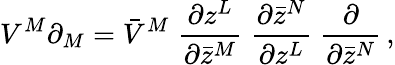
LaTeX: V^{M}\partial_{M}=\bar{V}^{M}\; \frac{\partial z^{L}}{\partial\bar{z}^{M}}\; \frac{\partial\bar{z}^{N}}{\partial z^{L}}\; \frac{\partial}{\partial\bar{z}^{N}}\, ,